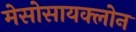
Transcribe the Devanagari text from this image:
मेसोसायक्लोन